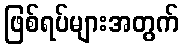
ဖြစ်ရပ်များအတွက်